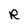
Character: R